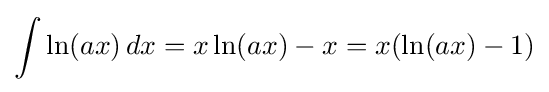
\int \ln(ax)\,dx=x\ln(ax)-x=x(\ln(ax)-1)